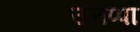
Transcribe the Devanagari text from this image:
उत्तप्पा